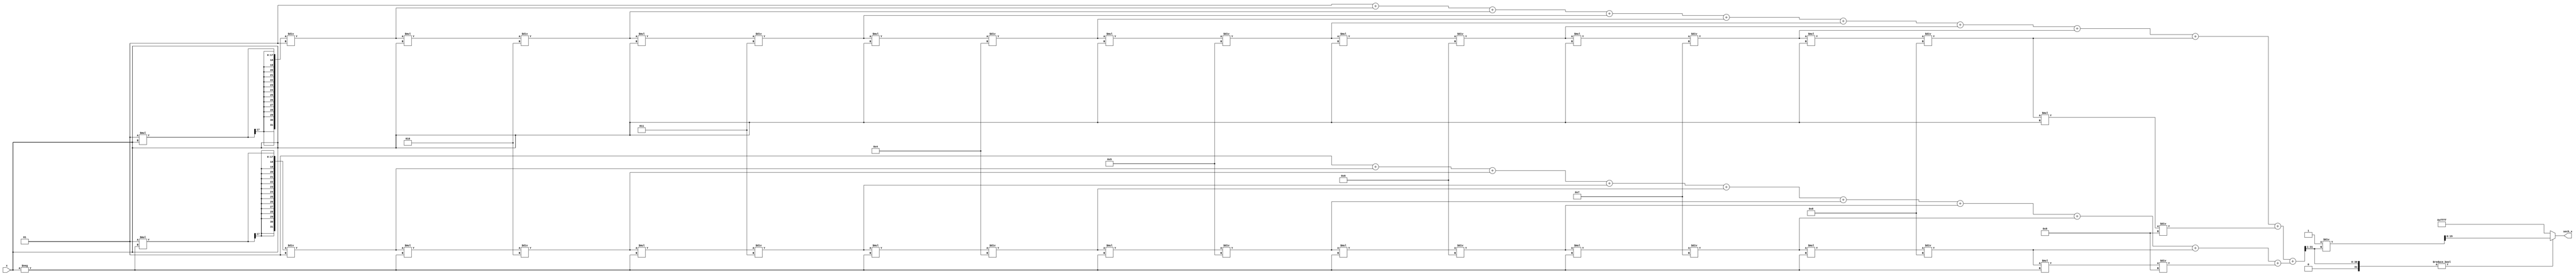
module hyperbolic_secant (
    input  wire signed [15:0] x,       // Input value (fixed-point representation)
    output wire signed [15:0] sech_x    // Output value (fixed-point representation)
);

    // Internal signals
    wire signed [31:0] exp_x;           // e^x
    wire signed [31:0] exp_neg_x;       // e^(-x)
    wire signed [31:0] cosh_x;          // cosh(x)
    wire signed [31:0] cosh_x_div2;     // cosh(x) / 2
    wire signed [31:0] sech_x_temp;     // Temporary sech value

    // Exponential function approximation using Taylor series
    function signed [31:0] exp_approx;
        input signed [15:0] x;
        reg signed [31:0] result;
        reg signed [31:0] term;
        integer i;
        begin
            result = 32'h00000000; // Initialize result
            term = 32'h00000001;   // First term (x^0 / 0!)
            for (i = 0; i < 10; i = i + 1) begin // 10 terms for approximation
                result = result + term;
                term = (term * x) / (i + 1); // Update term for next iteration
            end
            exp_approx = result;
        end
    endfunction

    // Calculate e^x and e^(-x)
    assign exp_x = exp_approx(x);
    assign exp_neg_x = exp_approx(-x);

    // Calculate cosh(x) = (e^x + e^(-x)) / 2
    assign cosh_x = exp_x + exp_neg_x;
    assign cosh_x_div2 = cosh_x >> 1; // Divide by 2 using right shift

    // Calculate sech(x) = 1 / cosh(x)
    assign sech_x_temp = (cosh_x_div2 != 0) ? (32'h00000001 / cosh_x_div2) : 32'h7FFFFFFF; // Handle division by zero
    assign sech_x = sech_x_temp[15:0]; // Output in fixed-point format

endmodule